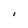
Character: i